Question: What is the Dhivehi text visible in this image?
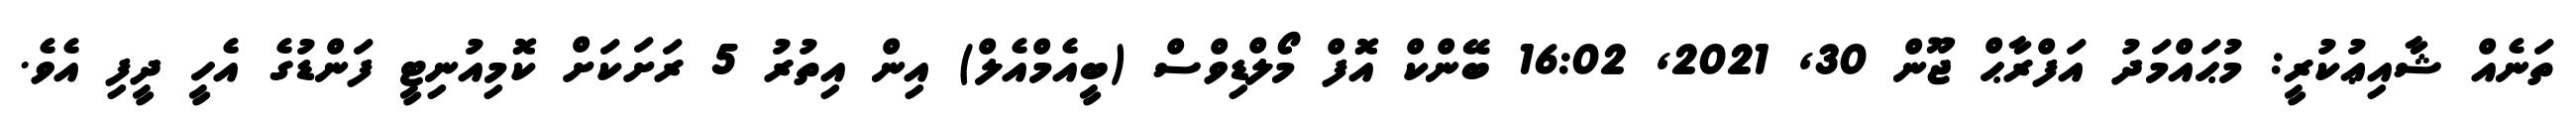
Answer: ތަނެއް ޝާއިޢުކުރީ: މުޙައްމަދު އަފްރާޙް ޖޫން 30, 2021, 16:02 ބޭންކް އޮފް މޯލްޑިވްސް (ބީއެމްއެލް) އިން އިތުރު 5 ރަށަކަށް ކޮމިއުނިޓީ ފަންޑުގެ އެހީ ދީފި އެވެ.